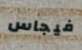
فيجاس